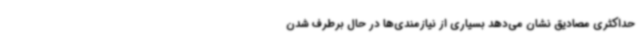
حداکثری مصادیق نشان می‌دهد بسیاری از نیازمندی‌ها در حال برطرف شدن